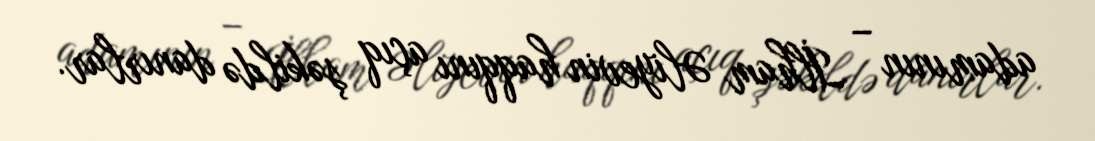
adamının – İlham Əliyevin haqqını açıq şəkildə danırlar.